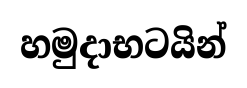
හමුදාභටයින්